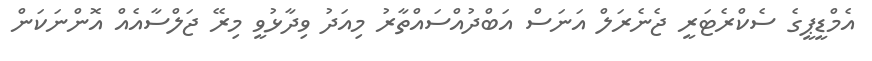
އެމްޑީޕީގެ ސެކްރެޓަރީ ޖެނެރަލް އަނަސް އަބްދުއްސައްތާރު މިއަދު ވިދާޅުވީ މިރޭ ޖަލްސާއެއް އޮންނަކަން